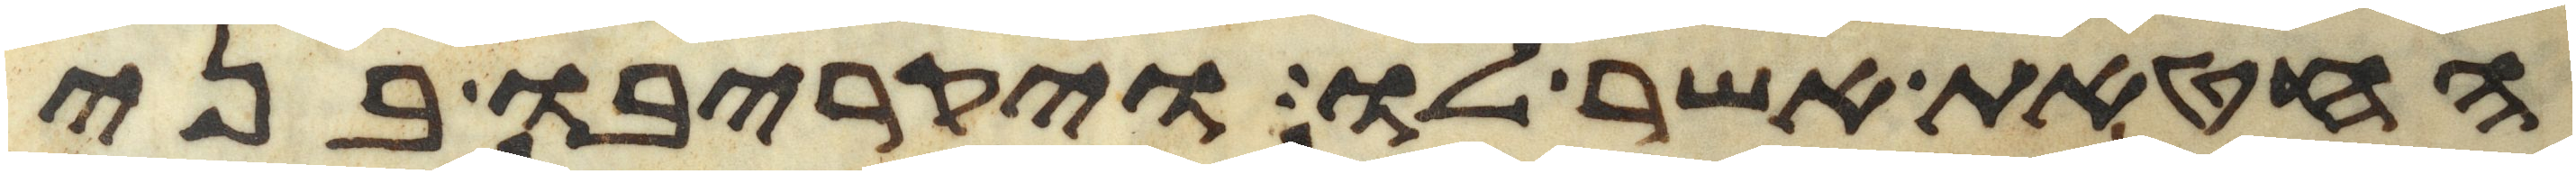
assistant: החטאת אשר לו ויקריבו בני